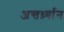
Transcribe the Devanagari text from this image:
अन्तर्ध्र्यान